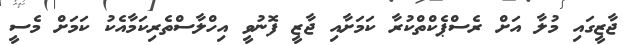
ޖާޒީގައި މުލާ އަށް ރެސްޕެކްތްކުރާ ކަމަށާއި ޖާޒީ ފޮނުވީ އިހްލާސްތެރިކަމާއެކު ކަމަށް މެސީ